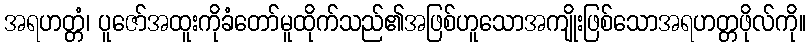
အရဟတ္တံ၊ ပူဇော်အထူးကိုခံတော်မူထိုက်သည်၏အဖြစ်ဟူသောအကျိုးဖြစ်သောအရဟတ္တဖိုလ်ကို။